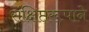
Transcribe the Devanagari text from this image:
संक्षिप्तरूपाने